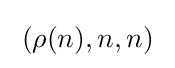
\;\left(\rho (n),n,n\right)\;